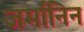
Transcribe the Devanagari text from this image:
जर्मानिन